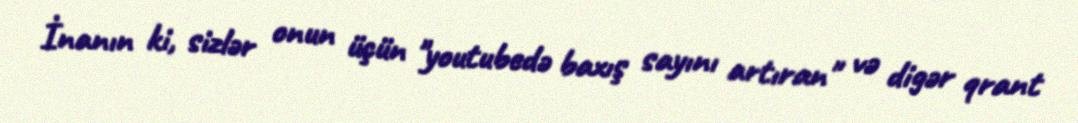
İnanın ki, sizlər onun üçün "youtubedə baxış sayını artıran" və digər qrant